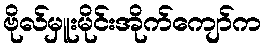
ဗိုလ်မှူးမိုင်းအိုက်ကျော်က